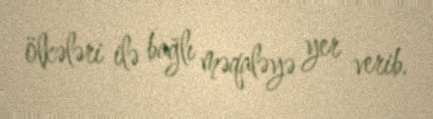
ölkələri ilə bağlı məqaləyə yer verib.